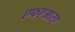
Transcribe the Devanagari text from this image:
एफएआरए